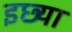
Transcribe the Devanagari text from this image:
इछ्या